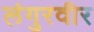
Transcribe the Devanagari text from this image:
लंगुरवीर